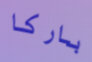
باركا